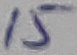
Text: 15